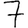
Digit: 7